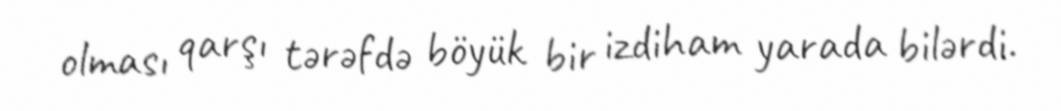
olması qarşı tərəfdə böyük bir izdiham yarada bilərdi.